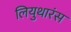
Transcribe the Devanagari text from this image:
लियुथारंस